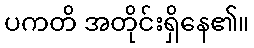
ပကတိ အတိုင်းရှိနေ၏။